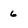
Character: 6